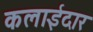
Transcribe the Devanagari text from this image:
कलाईदार